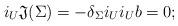
LaTeX: \begin{align*}i_U \mathfrak{J}(\Sigma) = - \delta_\Sigma i_U i_U b =0; \end{align*}